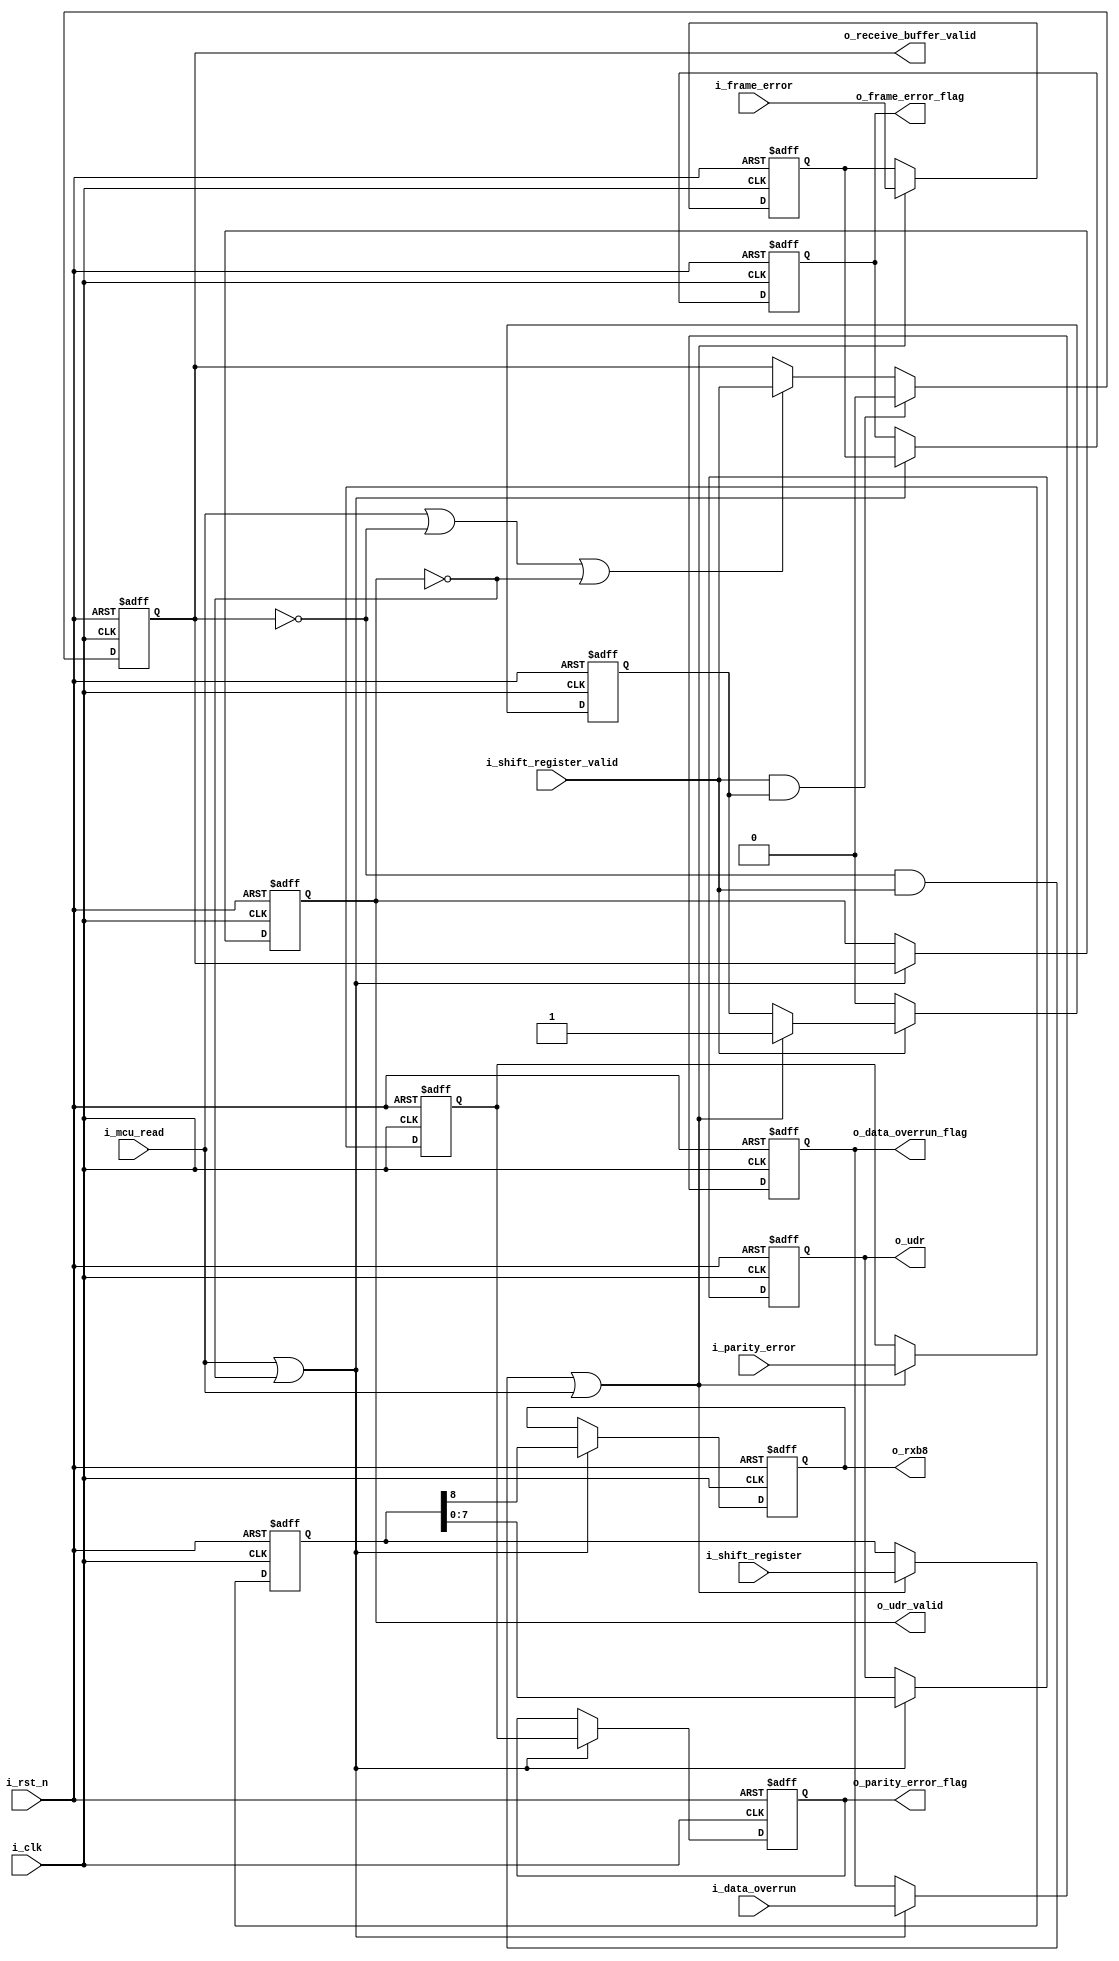
// ---------------------------------------------------------------------------
//
// Description:
//  <Description text here, indented multiple lines allowed>
//
//      by:     opo
// Updated:     $Date: 2011/08/09 12:38:38 $
//              $Author: tgu $
// Revision:    $Revision: 1.1 $
//
// Copyright (c) Melexis Digital Competence Center
//
// ---------------------------------------------------------------------------
module fifo(  
			  i_clk,
			  i_rst_n,
              i_shift_register,
              i_shift_register_valid,
              i_frame_error,
              i_data_overrun,
              i_parity_error,
              i_mcu_read,
              o_udr,
              o_rxb8,
              o_udr_valid,
              o_receive_buffer_valid,
              o_parity_error_flag,
              o_frame_error_flag,
              o_data_overrun_flag
            );
            
/*--------------------------Parameter--------------------------*/

/*--------------------------Input ports------------------------*/

input 				i_clk; 		// system clock
input 				i_rst_n;	// system reset, active low

input 	[8:0]		i_shift_register;	//	receive shift register
input 				i_shift_register_valid; // valid data in shift register
input 				i_data_overrun;	// data overrun error
input 				i_parity_error; // parity error
input 				i_frame_error;	// frame error 
input 				i_mcu_read;		// device select on address bus

/*--------------------------Ouput ports------------------------*/

output reg 	[7:0]	o_udr; 		
output reg 			o_rxb8;		
output reg 			o_udr_valid;
output reg 			o_receive_buffer_valid;
output reg 			o_parity_error_flag;
output reg 			o_frame_error_flag;
output reg 			o_data_overrun_flag;


/*--------------------------Inout ports------------------------*/

/*--------------------------Variables--------------------------*/

reg 	[8:0]		receive_buffer;
reg 				frame_error_0;
reg 				parity_error_0;

reg 				udr_valid;
reg 				receive_buffer_valid;
reg 				shift_reg_read;

wire 				shift_reg_valid;


/*--------------------------Sequential logic-------------------*/

assign 	shift_reg_valid = i_shift_register_valid & !shift_reg_read;

/*--------------------------Combinational logic----------------*/

always @(posedge i_clk or negedge i_rst_n) begin : receive_buffer_block
	if(~i_rst_n) begin : receive_buffer_reset
		receive_buffer 		 <= 0;
		frame_error_0		 <= 0;
		parity_error_0 		 <= 0;
		shift_reg_read 		 <= 0;
	end else begin : receive_buffer_operation
		if (!receive_buffer_valid & i_shift_register_valid | i_mcu_read) begin
			receive_buffer 	<=	i_shift_register;
			shift_reg_read  <=	1;
			frame_error_0 	<= 	i_frame_error;
			parity_error_0	<= 	i_parity_error;
		end
		if (!i_shift_register_valid)
			shift_reg_read 	<=  0;
	end
end

always @(posedge i_clk or negedge i_rst_n) begin : receive_buffer_valid_bit_block
	if(~i_rst_n) begin : receive_buffer_valid_bit_reset
		receive_buffer_valid <= 0; 
	end else begin : receive_buffer_valid_bit_operation
		if(i_mcu_read | !receive_buffer_valid | !udr_valid) begin
			receive_buffer_valid <= i_shift_register_valid;
		end
		if(i_shift_register_valid & shift_reg_read) 
			receive_buffer_valid <= 0;
	end
end

always @(*) begin : o_receive_buffer_valid_block
	o_receive_buffer_valid = receive_buffer_valid;
end

always @(posedge i_clk or negedge i_rst_n) begin : udr_block
	if(~i_rst_n) begin : udr_reset
		o_udr 	<=	0;
		o_rxb8	<=	0;
		o_parity_error_flag	<=	0;
		o_frame_error_flag	<=	0;
		o_data_overrun_flag	<=	0;
	end else begin : udr_operation
		if (i_mcu_read | !udr_valid) begin
			o_udr 	<=	receive_buffer[7:0];
			o_rxb8 	<=	receive_buffer[8];
			o_parity_error_flag	<=	parity_error_0;
			o_frame_error_flag 	<= 	frame_error_0;
			o_data_overrun_flag <= 	i_data_overrun;
		end
	end
end

always @(posedge i_clk or negedge i_rst_n) begin : udr_valid_block
	if(~i_rst_n) begin : udr_valid_reset
		udr_valid <= 0;
	end else begin : udr_valid_operation
		if (i_mcu_read | !udr_valid) 
			udr_valid 	<= 	receive_buffer_valid;
	end
end

always @(*) begin : o_udr_valid_block
	o_udr_valid = udr_valid;
end

/*--------------------------Finite state machine---------------*/

endmodule